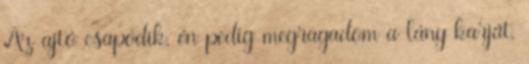
Az ajtó csapódik, én pedig megragadom a lány karját,